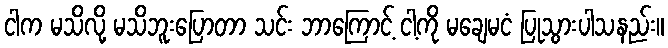
ငါက မသိလို့ မသိဘူးပြောတာ သင်း ဘာကြောင့် ငါ့ကို မချေမငံ ပြုသွားပါသနည်း။